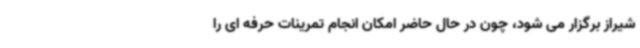
شیراز برگزار می شود، چون در حال حاضر امکان انجام تمرینات حرفه ای را